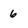
Character: 6